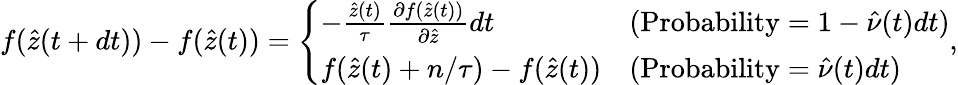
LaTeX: f(\hat{z}(t+dt))-f(\hat{z}(t))=\left\{ \begin{array}{ll}{-\frac{\hat{z}(t)}{\tau}\frac{\partial f(\hat{z}(t))}{\partial\hat{z}}dt}&{(\mathrm{Probability}=1-\hat{\nu}(t)dt)}\\ {f(\hat{z}(t)+n/\tau)-f(\hat{z}(t))}&{(\mathrm{Probability}=\hat{\nu}(t)dt)}\end{array}\right.,